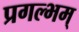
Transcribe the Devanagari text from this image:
प्रगल्भम्